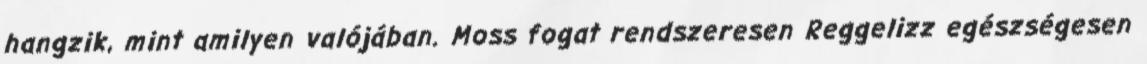
hangzik, mint amilyen valójában. Moss fogat rendszeresen Reggelizz egészségesen